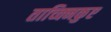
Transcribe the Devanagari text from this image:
ताच्क्निकुए